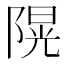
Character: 𨻙